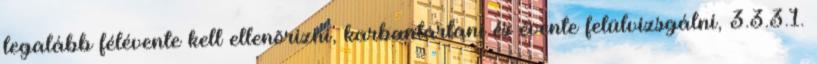
legalább félévente kell ellenõrizni, karbantartani és évente felülvizsgálni, 3.3.3.1.